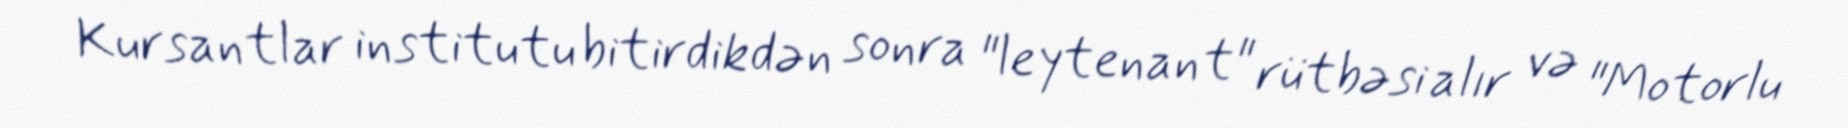
Kursantlar institutu bitirdikdən sonra "leytenant" rütbəsi alır və "Motorlu